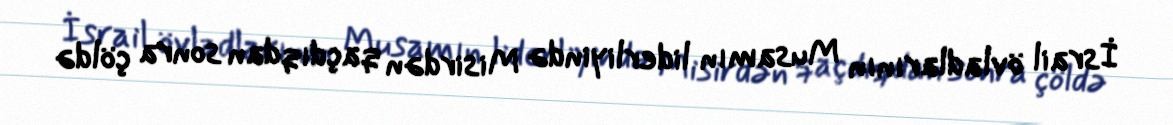
İsrail övladlarının Musamın liderliyində Misirdən qaçdıqdan sonra çöldə